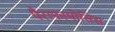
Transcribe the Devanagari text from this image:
पैराफामोसिस